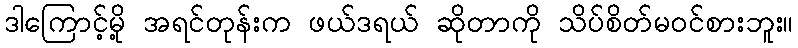
ဒါကြောင့်မို့ အရင်တုန်းက ဖယ်ဒရယ် ဆိုတာကို သိပ်စိတ်မဝင်စားဘူး။